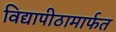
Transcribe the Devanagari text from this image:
विद्यापीठामार्फत